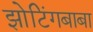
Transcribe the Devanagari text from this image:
झोटिंगबाबा